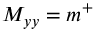
M _ { y y } = m ^ { + }